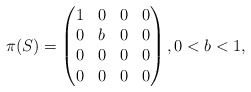
\begin{align*} \pi(S) = \begin{pmatrix} 1 & 0 & 0 & 0 \\ 0 & b & 0 & 0 \\ 0 & 0 & 0 & 0 \\ 0 & 0 & 0 & 0 \end{pmatrix}, 0 < b < 1,\end{align*}